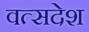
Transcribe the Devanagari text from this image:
वत्सदेश